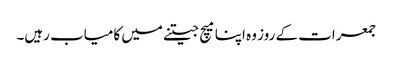
جمعرات کے روز وہ اپنا میچ جیتنے میں کامیاب رہیں۔